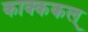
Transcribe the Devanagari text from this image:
काक्ककल्